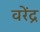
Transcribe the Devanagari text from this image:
वरेंद्र